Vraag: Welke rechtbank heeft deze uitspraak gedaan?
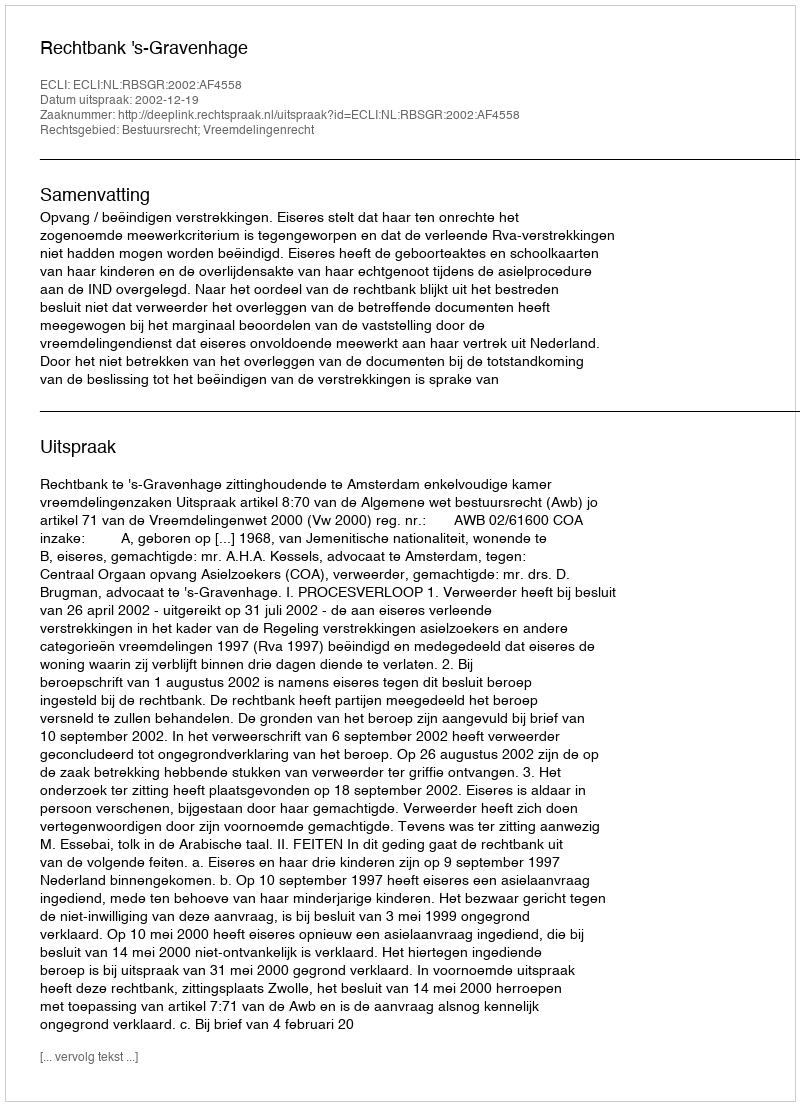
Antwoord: Rechtbank 's-Gravenhage